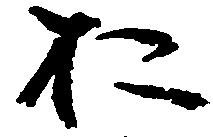
お